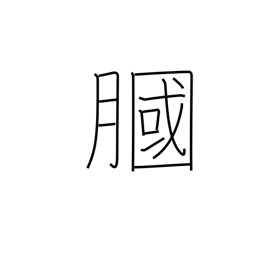
Meaning: hollow of knee